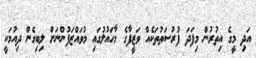
އަދި މީގެ އިތުރުން މިފަދަ ފުރުސަތުތަކެއް ވަޒީފާގެ މާހައުލުގައި މުވައްޒަފުންނަށް ލިބިގެން ދިއުމަކީ